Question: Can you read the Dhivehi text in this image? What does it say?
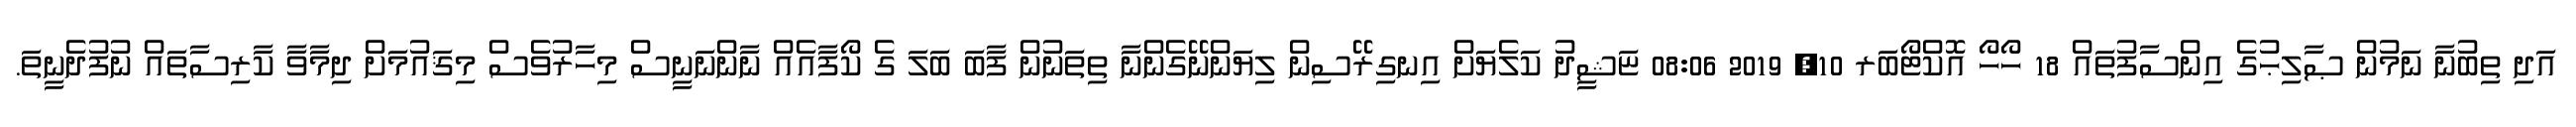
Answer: އަދި ތިބުނާ ނަމުން ޞާލިޙުގެ އިންސާފުތައް 18 ހޯހޯ އޮކްޓޯބަރ 10, 2019 08:06 ޏަޝީދު ކަލެޔަށް އިނގިރޭސިން ލިޔަންނޭގެންނާ ތިތަނުން ފާބަ ބަލަ ގެ ކޯފާއެއް ނާންނަނީސް މިހާރުވެސް މިޤައުމަށް ދިމާވާ ކާރިސާތައް ނުފުދެނީތަ.